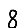
Digit: 8